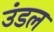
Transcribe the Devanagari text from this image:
उंडल